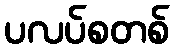
ပလပ်စတစ်